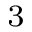
_ 3